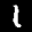
Label: 1